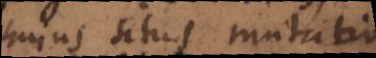
hujus situs mutatio